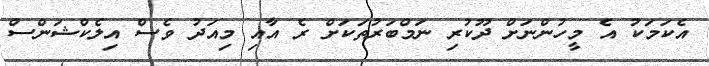
އެކަމަކު އެ މީހުންނަށް ދޫކުރި ނަމްބަރުތަކަށް ރެ އާއި މިއަދު ވެސް އިލެކްޝަންސް